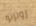
روبرتو